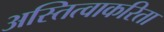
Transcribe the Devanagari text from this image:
अस्तित्वाकरिता